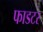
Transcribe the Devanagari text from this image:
फाडटर